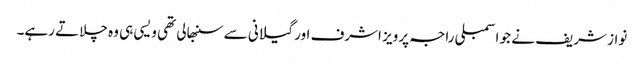
نواز شریف نے جو اسمبلی راجہ پرویز اشرف اور گیلانی سے سنبھالی تھی ویسی ہی وہ چلاتے رہے۔